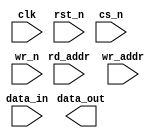

////////////////////////////////////////////////////////////////////////////////
//
//       This confidential and proprietary software may be used only
//     as authorized by a licensing agreement from Synopsys Inc.
//     In the event of publication, the following notice is applicable:
//
//                    (C) COPYRIGHT 1999 - 2009 SYNOPSYS INC.
//                           ALL RIGHTS RESERVED
//
//       The entire notice above must be reproduced on all authorized
//     copies.
//
//
// VERSION:   DW_ram_r_w_s_dff Verilog Simulation Model
//
// DesignWare_version: 12fbe84a
// DesignWare_release: C-2009.06-DWBB_0906
//
////////////////////////////////////////////////////////////////////////////////
//----------------------------------------------------------------------
// ABSTRACT:  Synch Write, Asynch Read RAM (Flip-Flop Based)
//            (flip flop memory array)
//            legal range:  depth        [ 2 to 256 ]
//            legal range:  data_width   [ 1 to 256 ]
//            Input data: data_in[data_width-1:0]
//            Output data : data_out[data_width-1:0]
//            Read Address: rd_addr[addr_width-1:0]
//            Write Address: wr_addr[addr_width-1:0]
//            write enable (active low): wr_n
//            chip select (active low): cs_n
//            reset (active low): rst_n
//            clock:clk
//
//	MODIFIED:
//		09/22/99  Jay Zhu   Rewrote for STAR91151
//              10/18/00  RPH       Rewrote accoding to new guidelines 
//                                  STAR 111067 
//              05/25/01  RJK       Rewritten again
//              2/18/09   RJK       Corrected default value for rst_mode
//				    STAR 9000294457
//----------------------------------------------------------------------

  module DW_ram_r_w_s_dff (clk, rst_n, cs_n, wr_n, rd_addr, wr_addr, data_in, 
			   data_out);

   parameter data_width = 4;
   parameter depth = 8;
   parameter rst_mode = 1;
   
   
`define addr_width ((depth>16)?((depth>64)?((depth>128)?8:7):((depth>32)?6:5)):((depth>4)?((depth>8)?4:3):((depth>2)?2:1)))

   input [data_width-1:0] data_in;
   input [`addr_width-1:0] rd_addr;
   input [`addr_width-1:0] wr_addr;
   input 		   wr_n;
   input 		   rst_n;
   input 		   cs_n;
   input 		   clk;

   output [data_width-1:0] data_out;

// synopsys translate_off
   wire [data_width-1:0]   data_in;
   reg [depth*data_width-1:0]    next_mem;
   reg [depth*data_width-1:0]    mem;
  wire [depth*data_width-1:0]    mem_mux;
   
   wire 		   a_rst_n;
   

   
  
  initial begin : parameter_check
    integer param_err_flg;

    param_err_flg = 0;
    
	    
  
    if ( (data_width < 1) || (data_width > 256) ) begin
      param_err_flg = 1;
      $display(
	"ERROR: %m :\n  Invalid value (%d) for parameter data_width (legal range: 1 to 256)",
	data_width );
    end
  
    if ( (depth < 2) || (depth > 256 ) ) begin
      param_err_flg = 1;
      $display(
	"ERROR: %m :\n  Invalid value (%d) for parameter depth (legal range: 2 to 256 )",
	depth );
    end
  
    if ( (rst_mode < 0) || (rst_mode > 1 ) ) begin
      param_err_flg = 1;
      $display(
	"ERROR: %m :\n  Invalid value (%d) for parameter rst_mode (legal range: 0 to 1 )",
	rst_mode );
    end

  
    if ( param_err_flg == 1) begin
      $display(
        "%m :\n  Simulation aborted due to invalid parameter value(s)");
      $finish;
    end

  end // parameter_check
   
   assign mem_mux = mem >> (rd_addr * data_width);

   assign data_out = ((rd_addr ^ rd_addr) !== {`addr_width{1'b0}})? {data_width{1'bx}} : (
				(rd_addr >= depth)? {data_width{1'b0}} :
				   mem_mux[data_width-1 : 0] );
   
   assign a_rst_n = (rst_mode == 0)? rst_n : 1'b1;


  
   always @ (posedge clk or negedge a_rst_n) begin : registers
      integer i, j;
      
   
      next_mem = mem;

      if ((cs_n | wr_n) !== 1'b1) begin
      
	 if ((wr_addr ^ wr_addr) !== {`addr_width{1'b0}}) begin
	    next_mem = {depth*data_width{1'bx}};	

	 end else begin
         
	    if ((wr_addr < depth) && ((wr_n | cs_n) !== 1'b1)) begin
	       for (i=0 ; i < data_width ; i=i+1) begin
		  j = wr_addr*data_width + i;
		  next_mem[j] = ((wr_n | cs_n) == 1'b0)? data_in[i] | 1'b0
					: mem[j];
	       end // for
	    end // if
	 end // if-else
      end // if
   
   
   
      if (rst_n === 1'b0) begin
         mem <= {depth*data_width{1'b0}};
      end else begin
         if ( rst_n === 1'b1) begin
	    mem <= next_mem;
	 end else begin
	    mem <= {depth*data_width{1'bX}};
	 end
      end
   end // registers
   
    
  always @ (clk) begin : clk_monitor 
    if ( (clk !== 1'b0) && (clk !== 1'b1) && ($time > 0) )
      $display( "WARNING: %m :\n  at time = %t, detected unknown value, %b, on clk input.",
                $time, clk );
    end // clk_monitor 

// synopsys translate_on

endmodule // DW_ram_r_w_s_dff